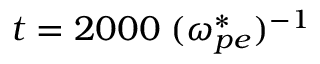
t = 2 0 0 0 \; ( \omega _ { p e } ^ { * } ) ^ { - 1 }